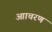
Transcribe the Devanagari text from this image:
आाचरण